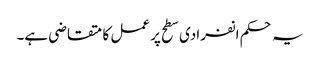
یہ حکم انفرادی سطح پر عمل کا متقاضی ہے۔